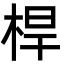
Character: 桿